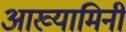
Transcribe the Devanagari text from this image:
आख्यामिनी